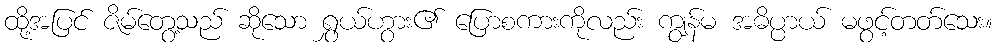
ထို့အပြင် ဇိမ်တွေ့သည် ဆိုသော ရွှယ်ဟွား၏ ပြောစကားကိုလည်း ကျွန်မ အဓိပ္ပာယ် မဖွင့်တတ်သေး။